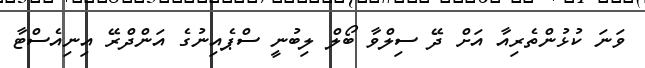
ވަނަ ކުޅުންތެރިއާ އަށް ދޭ ސިލްވާ ބޯލް ލިބުނީ ސްޕެއިނުގެ އަންދްރޭ އިނިއެސްޓާ